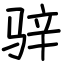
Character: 骍